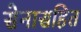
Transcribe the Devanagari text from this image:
सेनासहित